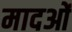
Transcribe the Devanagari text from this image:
मादओं